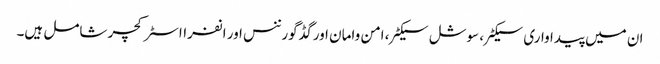
ان میں پیداواری سیکٹر، سوشل سیکٹر، امن وامان اور گڈ گورننس اور انفرااسٹرکچر شامل ہیں۔